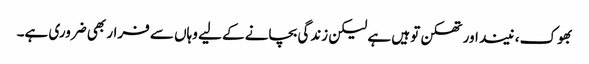
بھوک، نیند اور تھکن تو ہیں ہے لیکن زندگی بچانے کے لیے وہاں سے فرار بھی ضروری ہے۔